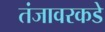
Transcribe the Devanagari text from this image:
तंजावरकडे